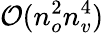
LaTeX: \mathcal{O}(n_{o}^{2}n_{v}^{4})